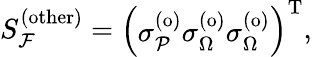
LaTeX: S_{\mathcal{F}}^{\mathrm{(other)}}=\left(\begin{array}{l}{\sigma_{\mathcal{P}}^{\mathrm{(o)}}\sigma_{\Omega}^{\mathrm{(o)}}\sigma_{\Omega}^{\mathrm{(o)}}}\end{array}\right)^{\mathrm{T}},